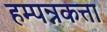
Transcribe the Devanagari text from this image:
हम्पन्नकत्ता